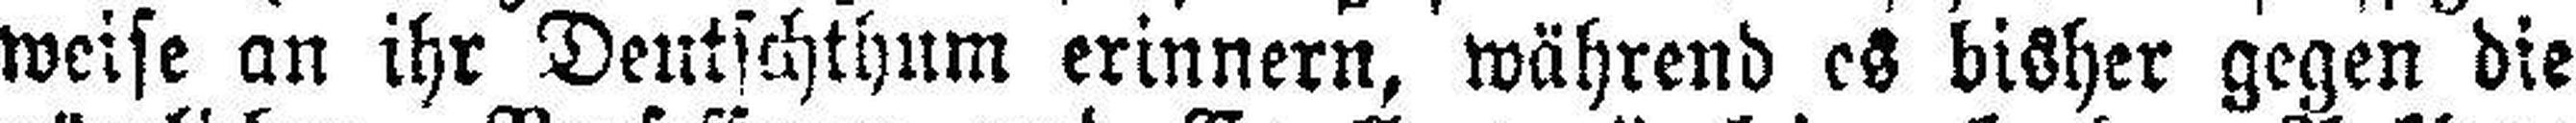
weise an ihr Deutschthum erinnern, während es bisher gegen die